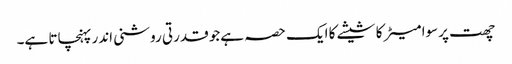
چھت پرسوا میٹر کا شیشے کا ایک حصہ ہےجو قدرتی روشنی اندر پہنچاتا ہے۔